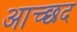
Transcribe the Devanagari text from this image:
आच्छद